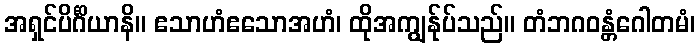
အရှင်ပိင်္ဂိယာနိ။ ဧသာဟံဧသောအဟံ၊ ထိုအကျွန်ုပ်သည်။ တံဘဂဝန္တံဂေါတမံ၊